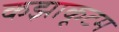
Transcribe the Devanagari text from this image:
कझाकूटम